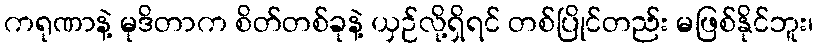
ကရုဏာနဲ့ မုဒိတာက စိတ်တစ်ခုနဲ့ ယှဉ်လို့ရှိရင် တစ်ပြိုင်တည်း မဖြစ်နိုင်ဘူး၊